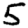
Digit: 5